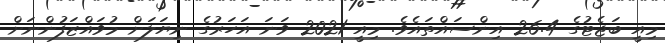
މިއީ ބަޖެޓުގެ 26.4 އިންސައްތައެވެ. މިއީ 2021 ވަނަ އަހަރުގެ ނިޔަލަށް މުވައްޒަފުންނަށް